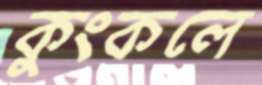
কুংকলে